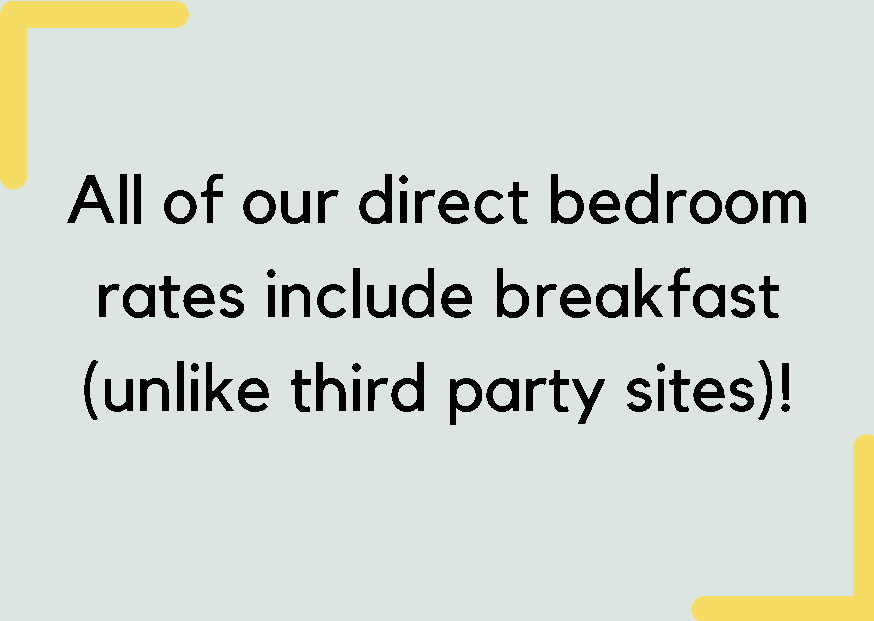
All    of   our     direct      bedroom
 rates      include         breakfast
 (unlike       third      party      sites)!